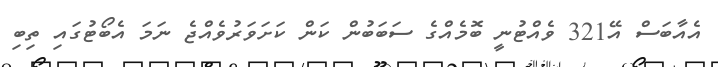
އެއާބަސް އޭ321 ވެއްޓުނީ ބޮމެއްގެ ސަބަބުން ކަން ކަށަވަރުވެއްޖެ ނަމަ އެބޯޓުގައި ތިބި